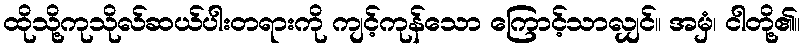
ထိုသို့ကုသိုလ်ဆယ်ပါးတရားကို ကျင့်ကုန်သော ကြောင့်သာလျှင်။ အမှံ၊ ငါတို့၏။